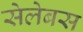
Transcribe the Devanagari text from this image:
सेलेबस